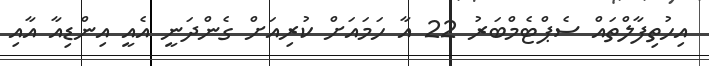
އިހުތިފާލްތައް ސެޕްޓެމްބަރު 22 އާ ހަމައަށް ކުރިއަށް ގެންދަނީ އެއީ އިންޑިއާ އާއި